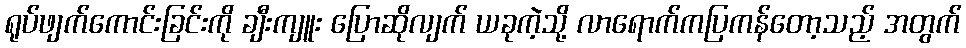
ရုပ်ဖျက်ကောင်းခြင်းကို ချီးကျူး ပြောဆိုလျက် ယခုကဲ့သို့ လာရောက်ကပြကန်တော့သည့် အတွက်